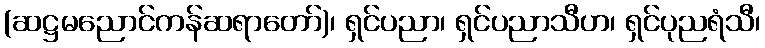
(ဆဋ္ဌမညောင်ကန်ဆရာတော်)၊ ရှင်ပညာ၊ ရှင်ပညာသီဟ၊ ရှင်ပုညရံသီ၊